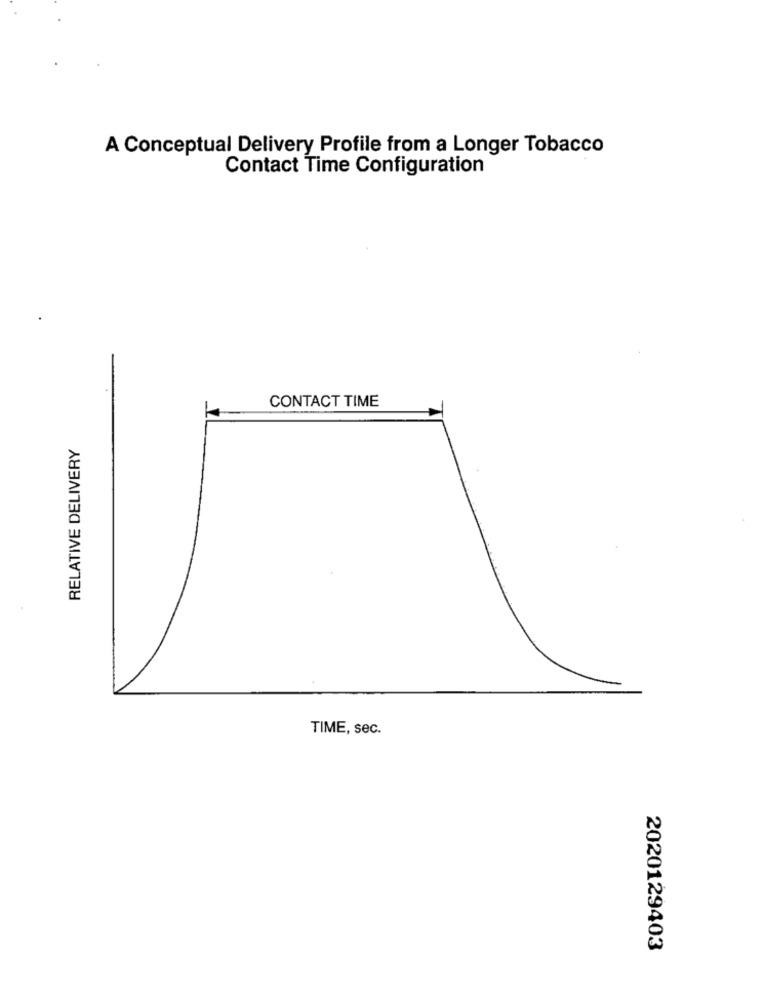
A Conceptual Delivery Profile from a Longer Tobacco
Contact Time Configuration
CONTACT TIME
RELATIVE DELIVERY
TIME, sec.
2020129403